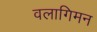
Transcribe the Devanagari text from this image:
वलागिमन